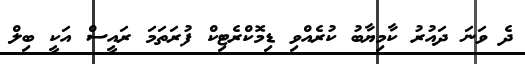
ދެ ވަނަ ދައުރު ކާމިޔާބު ކުރެއްވި ޑިމޮކްރެޓިކް ފުރަތަމަ ރައީސް އަކީ ބިލް